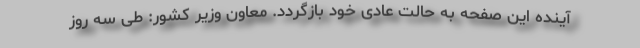
آینده این صفحه به حالت عادی خود بازگردد. معاون وزیر کشور: طی سه روز